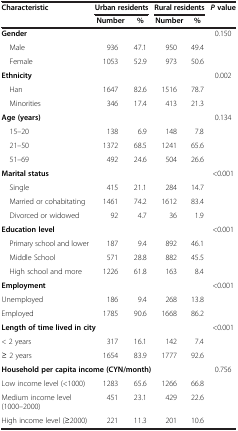
<table><thead><tr><td rowspan="2"><b>Characteristic</b></td><td colspan="2"><b>Urban residents</b></td><td colspan="2"><b>Rural residents</b></td><td><b><i>P</i>value</b></td></tr><tr><td><b>Number</b></td><td><b>%</b></td><td><b>Number</b></td><td><b>%</b></td><td><b> </b></td></tr></thead><tbody><tr><td colspan="5"><b>Gender</b></td><td>0.150</td></tr><tr><td> Male</td><td>936</td><td>47.1</td><td>950</td><td>49.4</td><td> </td></tr><tr><td> Female</td><td>1053</td><td>52.9</td><td>973</td><td>50.6</td><td> </td></tr><tr><td colspan="5"><b>Ethnicity</b></td><td>0.002</td></tr><tr><td> Han</td><td>1647</td><td>82.6</td><td>1516</td><td>78.7</td><td> </td></tr><tr><td> Minorities</td><td>346</td><td>17.4</td><td>413</td><td>21.3</td><td> </td></tr><tr><td colspan="5"><b>Age (years)</b></td><td>0.134</td></tr><tr><td> 15–20</td><td>138</td><td>6.9</td><td>148</td><td>7.8</td><td> </td></tr><tr><td> 21–50</td><td>1372</td><td>68.5</td><td>1241</td><td>65.6</td><td> </td></tr><tr><td> 51–69</td><td>492</td><td>24.6</td><td>504</td><td>26.6</td><td> </td></tr><tr><td colspan="5"><b>Marital status</b></td><td>&lt;0.001</td></tr><tr><td> Single</td><td>415</td><td>21.1</td><td>284</td><td>14.7</td><td> </td></tr><tr><td> Married or cohabitating</td><td>1461</td><td>74.2</td><td>1612</td><td>83.4</td><td> </td></tr><tr><td> Divorced or widowed</td><td>92</td><td>4.7</td><td>36</td><td>1.9</td><td> </td></tr><tr><td colspan="5"><b>Education level</b></td><td>&lt;0.001</td></tr><tr><td> Primary school and lower</td><td>187</td><td>9.4</td><td>892</td><td>46.1</td><td> </td></tr><tr><td> Middle School</td><td>571</td><td>28.8</td><td>882</td><td>45.5</td><td> </td></tr><tr><td> High school and more</td><td>1226</td><td>61.8</td><td>163</td><td>8.4</td><td> </td></tr><tr><td colspan="5"><b>Employment</b></td><td>&lt;0.001</td></tr><tr><td>Unemployed</td><td>186</td><td>9.4</td><td>268</td><td>13.8</td><td> </td></tr><tr><td>Employed</td><td>1785</td><td>90.6</td><td>1668</td><td>86.2</td><td> </td></tr><tr><td colspan="5"><b>Length of time lived in city</b></td><td>&lt;0.001</td></tr><tr><td>&lt; 2 years</td><td>317</td><td>16.1</td><td>142</td><td>7.4</td><td> </td></tr><tr><td>≥ 2 years</td><td>1654</td><td>83.9</td><td>1777</td><td>92.6</td><td> </td></tr><tr><td colspan="5"><b>Household per capita income (CYN/month)</b></td><td>0.756</td></tr><tr><td>Low income level (&lt;1000)</td><td>1283</td><td>65.6</td><td>1266</td><td>66.8</td><td> </td></tr><tr><td>Medium income level (1000–2000)</td><td>451</td><td>23.1</td><td>429</td><td>22.6</td><td> </td></tr><tr><td>High income level (≥2000)</td><td>221</td><td>11.3</td><td>201</td><td>10.6</td><td> </td></tr></tbody></table>